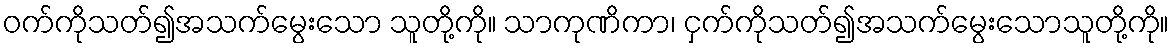
ဝက်ကိုသတ်၍အသက်မွေးသော သူတို့ကို။ သာကုဏိကာ၊ ငှက်ကိုသတ်၍အသက်မွေးသောသူတို့ကို။